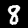
Digit: 8